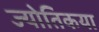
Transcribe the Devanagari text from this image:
ज्‍योतिकया